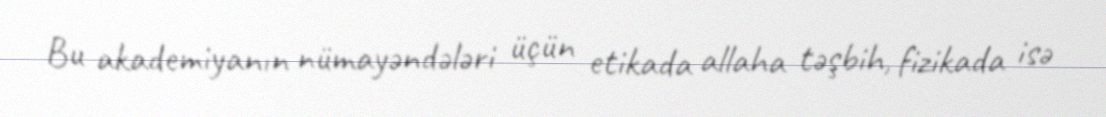
Bu akademiyanın nümayəndələri üçün etikada allaha təşbih, fizikada isə